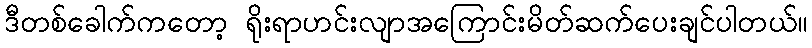
ဒီတစ်ခေါက်ကတော့ ရိုးရာဟင်းလျာအကြောင်းမိတ်ဆက်ပေးချင်ပါတယ်။